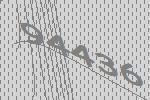
94436